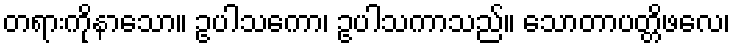
တရားကိုနာသော။ ဥပါသကော၊ ဥပါသကာသည်။ သောတာပတ္တိဖလေ၊